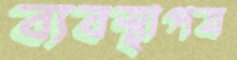
ব্যবস্থাপত্র